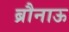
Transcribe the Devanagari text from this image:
ब्रौनाऊ